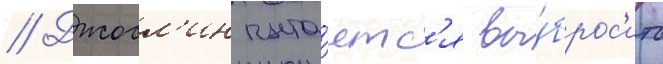
// Джосл'ин пыта́етс'я вы́брос'ить